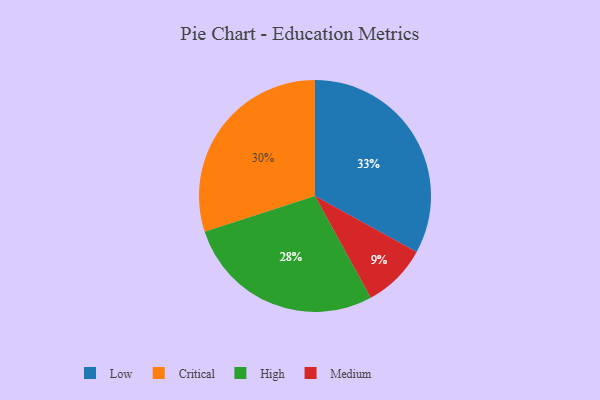
{"axis": {"x": "Category", "y": "Percentage"}, "legend": ["Critical", "High", "Low", "Medium"], "data": [{"x": "High", "y": 28, "type": "High"}, {"x": "Low", "y": 33, "type": "Low"}, {"x": "Critical", "y": 30, "type": "Critical"}, {"x": "Medium", "y": 9, "type": "Medium"}]}